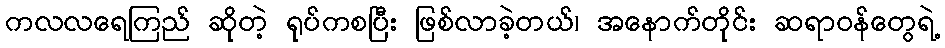
ကလလရေကြည် ဆိုတဲ့ ရုပ်ကစပြီး ဖြစ်လာခဲ့တယ်၊ အနောက်တိုင်း ဆရာဝန်တွေရဲ့